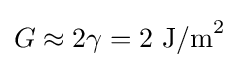
G\approx 2\gamma =2\,\,{\text{J/m}}^{2}